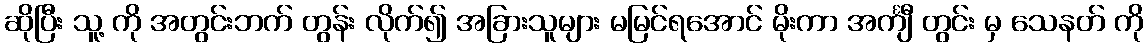
ဆိုပြီး သူ့ ကို အတွင်းဘက် တွန်း လိုက်၍ အခြားသူများ မမြင်ရအောင် မိုးကာ အင်္ကျီ တွင်း မှ သေနတ် ကို